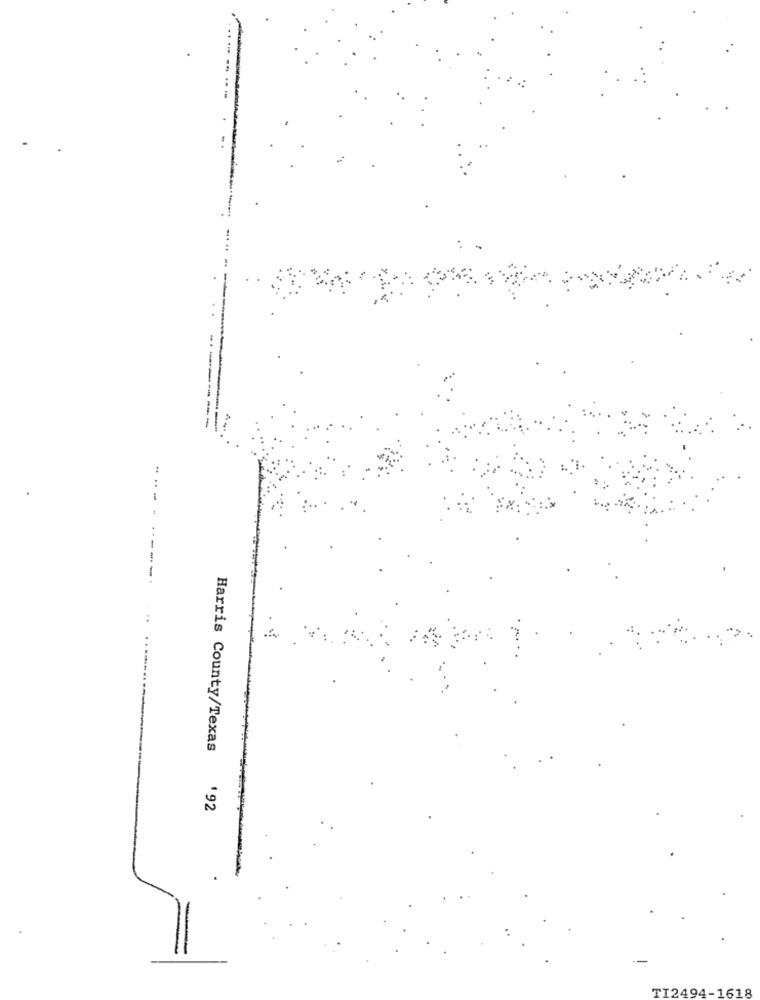
....
Harris County/Texas
192
TI2494-1618